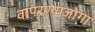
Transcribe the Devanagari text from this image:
वापरण्याजोगा